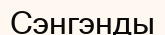
Сэнгэнды